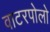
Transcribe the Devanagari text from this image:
वाटरपोलो